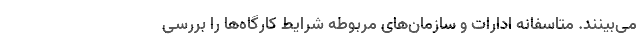
می‌بینند. متاسفانه ادارات و سازمان‌های مربوطه شرایط کارگاه‌ها را بررسی